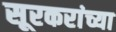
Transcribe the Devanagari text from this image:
सूरकरांच्या